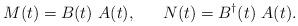
LaTeX: \begin{align*}M(t)=B(t)~ A(t),~~~~~N(t)=B^\dag(t)~ A(t).\end{align*}